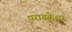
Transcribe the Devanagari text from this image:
परागकेशर